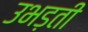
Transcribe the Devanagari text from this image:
उभड़ती